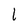
Character: 1